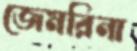
জেমরিনা